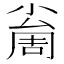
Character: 𡮚